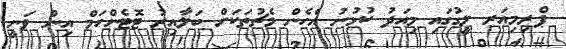
ޕްރިމިއަރ ލީގުގައި މިއަދު ކުޅުނު އެހެން މެޗުތަކަށް ބަލާއިރު ޓޮޓެންހަމް އިން ވަނީ